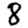
Digit: 8